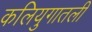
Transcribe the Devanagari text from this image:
कलियुगातली